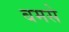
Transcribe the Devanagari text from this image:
बमसे